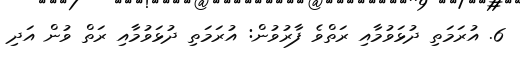
6. އުރަމަތި ދުޅަވުމާއި ރަތްވެ ފާރުވުން: އުރަމަތި ދުޅަވުމާއި ރަތް ވުން އަދި